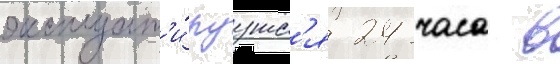
эксплуат'и́руутс'я 24 часа в